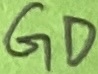
Text: GD